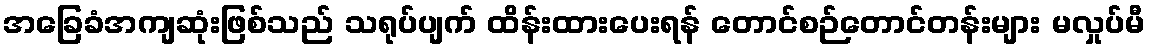
အခြေခံအကျဆုံးဖြစ်သည် သရုပ်ပျက် ထိန်းထားပေးရန် တောင်စဉ်တောင်တန်းများ မလှုပ်မီ